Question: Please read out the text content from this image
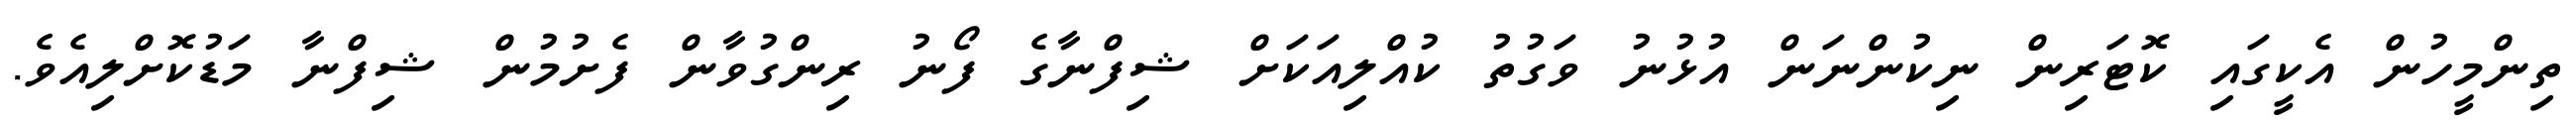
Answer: ތިންމީހުން އެކީގައި ކޮޓަރިން ނިކުންނަން އުޅުނު ވަގުތު ކުއްލިއަކަށް ޝިފްނާގެ ފޯނު ރިންގުވާން ފެށުމުން ޝިފްނާ މަޑުކޮށްލިއެވެ.